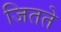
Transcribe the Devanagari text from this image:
जितते